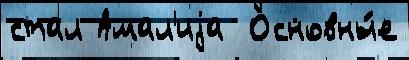
стал Амал'иjа  Основны́е